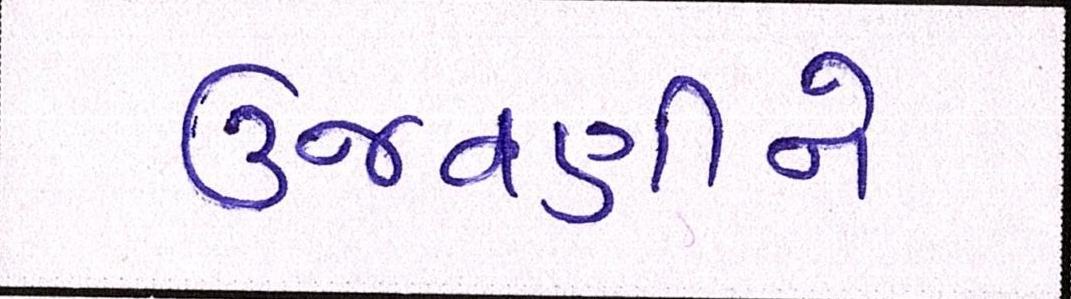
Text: ઉજવણીને